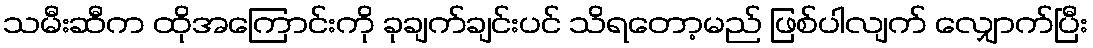
သမီးဆီက ထိုအကြောင်းကို ခုချက်ချင်းပင် သိရတော့မည် ဖြစ်ပါလျက် လျှောက်ပြီး